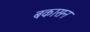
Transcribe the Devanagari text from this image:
बकासन